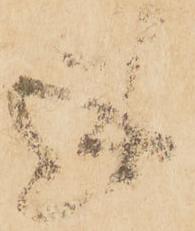
述